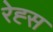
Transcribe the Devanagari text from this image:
रेह्स